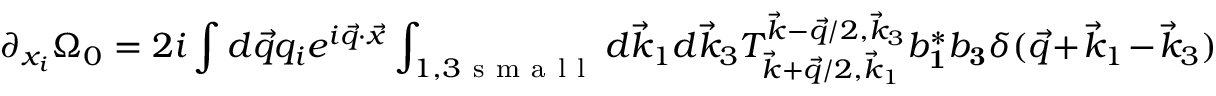
\partial _ { { x } _ { i } } \Omega _ { 0 } = 2 i \int d \vec { q } q _ { i } e ^ { i \vec { q } \cdot \vec { x } } \int _ { 1 , 3 \mathrm { ~ s ~ m ~ a ~ l ~ l ~ } } d \vec { k } _ { 1 } d \vec { k } _ { 3 } T _ { \vec { k } + \vec { q } / 2 , \vec { k } _ { 1 } } ^ { \vec { k } - \vec { q } / 2 , \vec { k } _ { 3 } } b _ { \mathbf 1 } ^ { * } b _ { \mathbf 3 } \delta ( \vec { q } + \vec { k } _ { 1 } - \vec { k } _ { 3 } )